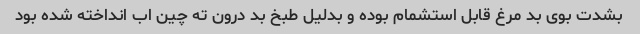
بشدت بوی بد مرغ قابل استشمام بوده و بدلیل طبخ بد درون ته چین اب انداخته شده بود